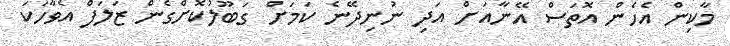
މާކިން އެހެން އޮތަސް އޭނާއަށް އަދި ނުނިދޭނެ ކަމަށް ގަބޫލުކޮށްގެން ޒަލަފް އެވާހަކަ